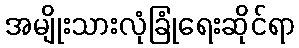
အမျိုးသားလုံခြုံရေးဆိုင်ရာ